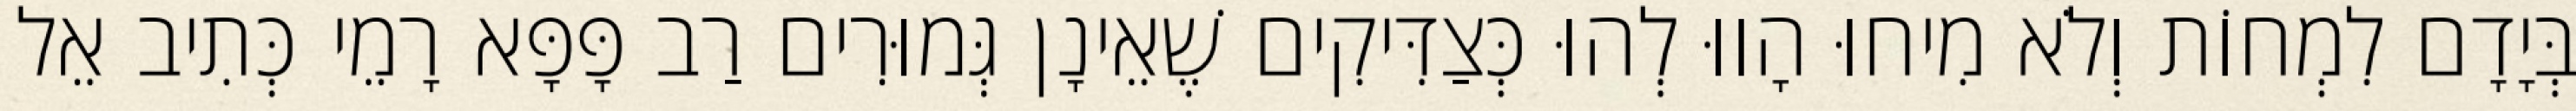
בְּיָדָם לִמְחוֹת וְלֹא מִיחוּ הָווּ לְהוּ כְּצַדִּיקִים שֶׁאֵינָן גְּמוּרִים רַב פָּפָּא רָמֵי כְּתִיב אֵל